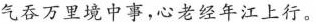
气吞万里境中事，心老经年江上行。